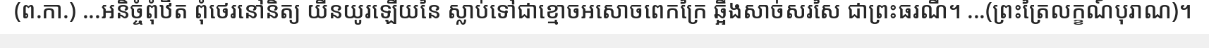
(ព.កា.) ...អនិច្ចំពុំឋិត ពុំថេរនៅនិត្យ យឺនយូរឡើយនៃ ស្លាប់ទៅជាខ្មោចអសោចពេកក្រៃ ឆ្អឹងសាច់សរសៃ ជាព្រះធរណី។ ...(ព្រះត្រៃលក្ខណ៍បុរាណ)។